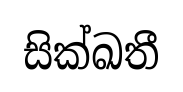
සික්ඛතී